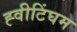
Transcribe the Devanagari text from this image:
ह्वीटिंघम